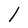
Character: l